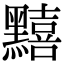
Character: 䵱